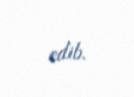
edib.